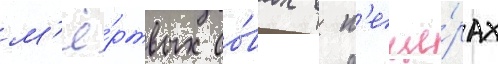
м'ё́ртвых со́вах в п'еще́рах